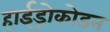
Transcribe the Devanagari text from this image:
हाईड्रोकोडन